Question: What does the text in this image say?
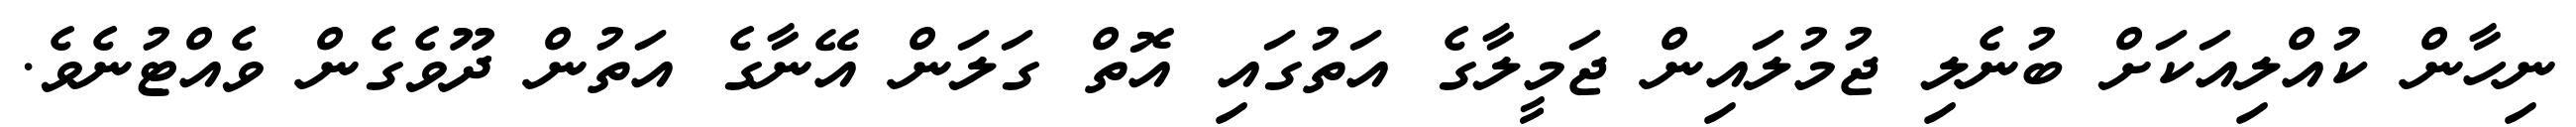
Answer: ނިހާން ކުއްލިއަކަށް ބުނެލި ޖުމުލައިން ޖަމީލާގެ އަތުގައި އޮތް ގަލަން އޭނާގެ އަތުން ދޫވެގެން ވެއްޓުނެވެ.